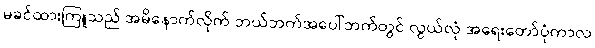
မခင်ထားကြူသည် အမိနောက်လိုက် ဘယ်ဘက်အပေါ်ဘက်တွင် လွယ်လုံ အရေးတော်ပုံကာလ